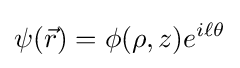
\psi ({\vec {r}})=\phi (\rho ,z)e^{i\ell \theta }